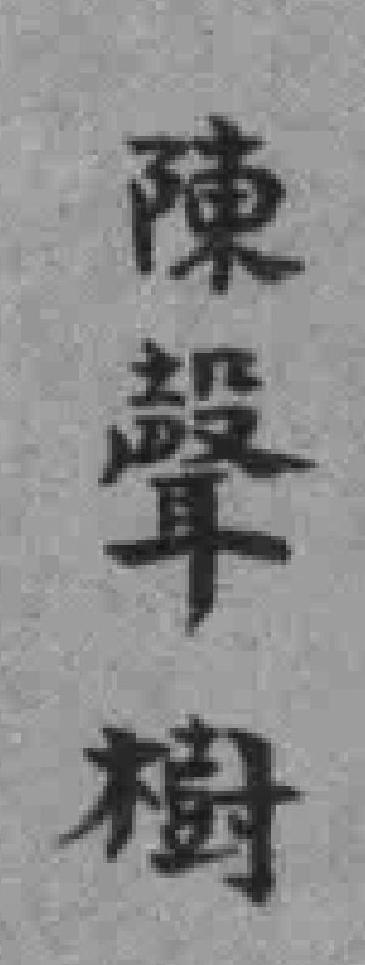
陳聲樹